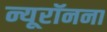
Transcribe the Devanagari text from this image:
न्यूरॉनना